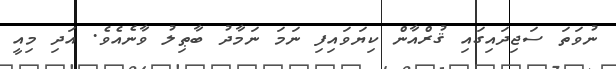
ނުވަތަ ސަޖިދައިގައި ޤުރްއާން ކިޔަވައިފި ނަމަ ނަމާދު ބާޠިލު ވާނެއެވެ. އަދި މިއީ